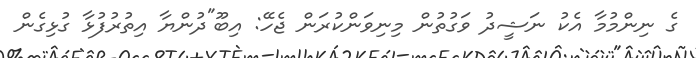
ގެ ނިންމުމާ އެކު ނަޝީދު ވަގުތުން މިނިވަންކުރަން ޖެހޭ: އިބޫ"ދުންޔާ އިތުރުފުޅާ ގުޅިގެން